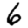
Digit: 6